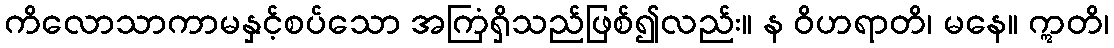
ကိလောသာကာမနှင့်စပ်သော အကြံရှိသည်ဖြစ်၍လည်း။ န ဝိဟရာတိ၊ မနေ။ ဣတိ၊